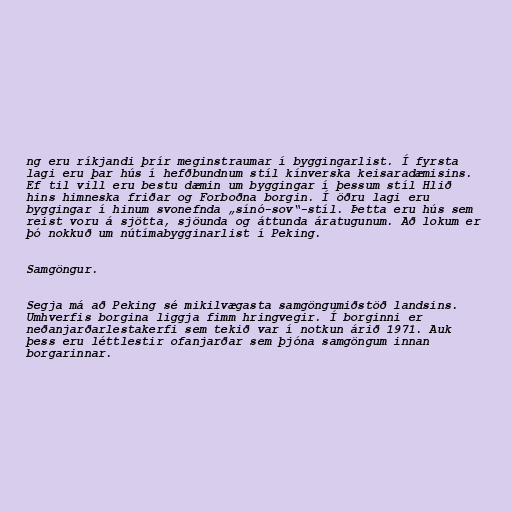
ng eru ríkjandi þrír meginstraumar í byggingarlist. Í fyrsta
lagi eru þar hús í hefðbundnum stíl kínverska keisaradæmisins.
Ef til vill eru bestu dæmin um byggingar í þessum stíl Hlið
hins himneska friðar og Forboðna borgin. Í öðru lagi eru
byggingar í hinum svonefnda „sínó-sov“-stíl. Þetta eru hús sem
reist voru á sjötta, sjöunda og áttunda áratugunum. Að lokum er
þó nokkuð um nútímabygginarlist í Peking.

Samgöngur.

Segja má að Peking sé mikilvægasta samgöngumiðstöð landsins.
Umhverfis borgina liggja fimm hringvegir. Í borginni er
neðanjarðarlestakerfi sem tekið var í notkun árið 1971. Auk
þess eru léttlestir ofanjarðar sem þjóna samgöngum innan
borgarinnar.